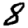
Digit: 8